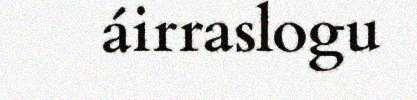
áirraslogu